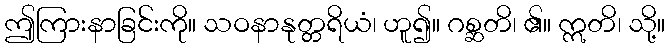
ဤကြားနာခြင်းကို။ သဝနာနုတ္တရိယံ၊ ဟူ၍။ ဂစ္ဆတိ၊ ၏။ ဣတိ၊ သို့။